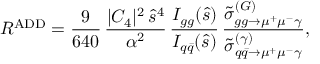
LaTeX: R ^ { \mathrm { A D D } } = \frac { 9 } { 6 4 0 } \, \frac { | C _ { 4 } | ^ { 2 } \, \hat { s } ^ { 4 } } { \alpha ^ { 2 } } \, \frac { I _ { g g } ( \hat { s } ) } { I _ { q \bar { q } } ( \hat { s } ) } \, \frac { \tilde { \sigma } _ { g g \to \mu ^ { + } \mu ^ { - } \gamma } ^ { ( G ) } } { \tilde { \sigma } _ { q \bar { q } \to \mu ^ { + } \mu ^ { - } \gamma } ^ { ( \gamma ) } } ,